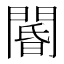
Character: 閽